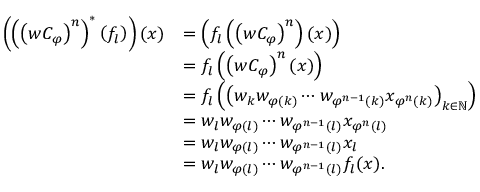
\begin{array} { r l } { \left( \left( \left( w C _ { \varphi } \right) ^ { n } \right) ^ { \ast } \left( f _ { l } \right) \right) ( x ) } & { = \left( f _ { l } \left( \left( w C _ { \varphi } \right) ^ { n } \right) ( x ) \right) } \\ & { = f _ { l } \left( \left( w C _ { \varphi } \right) ^ { n } ( x ) \right) } \\ & { = f _ { l } \left( \left( w _ { k } w _ { \varphi ( k ) } \cdots w _ { \varphi ^ { n - 1 } ( k ) } x _ { \varphi ^ { n } ( k ) } \right) _ { k \in \mathbb { N } } \right) } \\ & { = w _ { l } w _ { \varphi ( l ) } \cdots w _ { \varphi ^ { n - 1 } ( l ) } x _ { \varphi ^ { n } ( l ) } } \\ & { = w _ { l } w _ { \varphi ( l ) } \cdots w _ { \varphi ^ { n - 1 } ( l ) } x _ { l } } \\ & { = w _ { l } w _ { \varphi ( l ) } \cdots w _ { \varphi ^ { n - 1 } ( l ) } f _ { l } ( x ) . } \end{array}